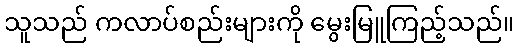
သူသည် ကလာပ်စည်းများကို မွေးမြူကြည့်သည်။